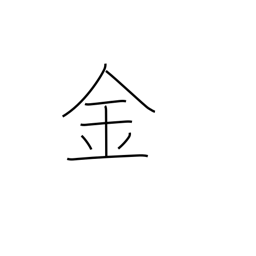
Meaning: gold